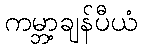
ကမ္ဘာ့ချန်ပီယံ